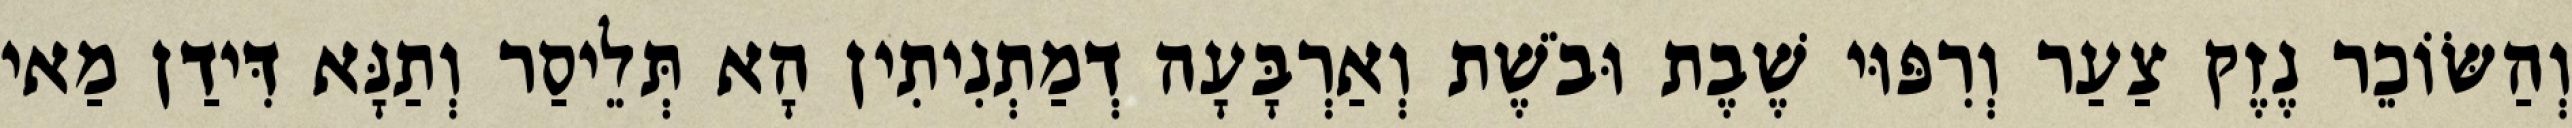
וְהַשּׂוֹכֵר נֶזֶק צַעַר וְרִפּוּי שֶׁבֶת וּבֹשֶׁת וְאַרְבָּעָה דְמַתְנִיתִין הָא תְּלֵיסַר וְתַנָּא דִּידַן מַאי